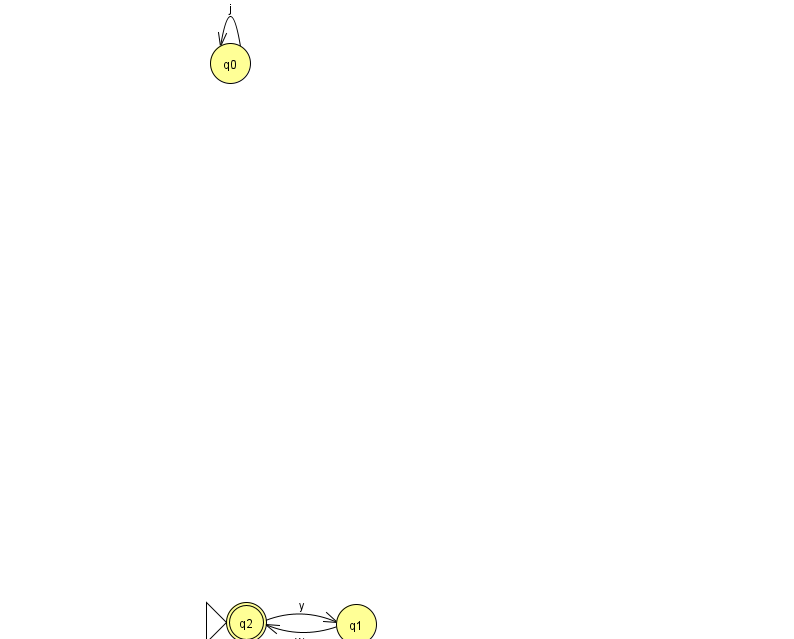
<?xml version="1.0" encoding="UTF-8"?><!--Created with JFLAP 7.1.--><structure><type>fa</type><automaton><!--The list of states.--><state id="0" name="q0"><x>230.0</x><y>50.0</y></state><state id="1" name="q1"><x>356.0</x><y>611.0</y></state><state id="2" name="q2"><x>246.0</x><y>609.0</y><initial/><final/></state><!--The list of transitions.--><transition><from>1</from><to>2</to><read>w</read></transition><transition><from>0</from><to>0</to><read>j</read></transition><transition><from>2</from><to>1</to><read>y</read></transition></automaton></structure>